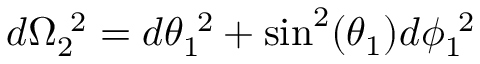
d \Omega _ { 2 } ^ { ~ 2 } = d \theta _ { 1 } ^ { ~ 2 } + \sin ^ { 2 } ( \theta _ { 1 } ) d \phi _ { 1 } ^ { ~ 2 }